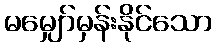
မမျှော်မှန်းနိုင်သော